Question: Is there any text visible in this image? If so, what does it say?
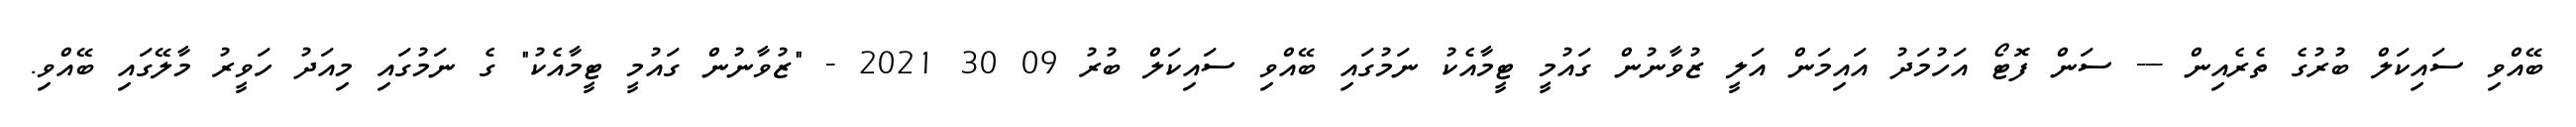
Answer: ބޭއްވި ސައިކަލް ބުރުގެ ތެރެއިން --- ސަން ފޮޓޯ އަހުމަދު އައިމަން އަލީ ޒުވާނުން ގައުމީ ޓީމާއެކު ނަމުގައި ބޭއްވި ސައިކަލް ބުރު 09 30 2021 - "ޒުވާނުން ގައުމީ ޓީމާއެކު" ގެ ނަމުގައި މިއަދު ހަވީރު މާލޭގައި ބޭއްވި.